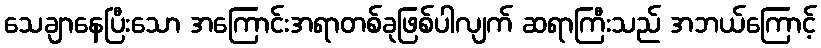
သေချာနေပြီးသော အကြောင်းအရာတစ်ခုဖြစ်ပါလျက် ဆရာကြီးသည် အဘယ်ကြောင့်